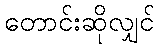
တောင်းဆိုလျှင်